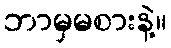
ဘာမှမစားနဲ့။